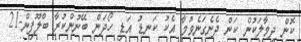
ކޮން ދިމާލަކުން ކަން ދެނެގަނެވުމާ އެކު ކަނޑު އަޑި ހޯދަން ބޭނުންކުރާ ބްލޫފިން-21